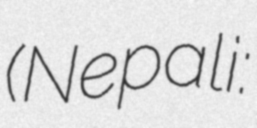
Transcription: (Nepali: